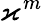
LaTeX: \varkappa^{m}